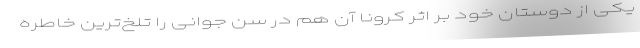
یکی از دوستان خود بر اثر کرونا آن هم در سن جوانی را تلخ‌ترین خاطره